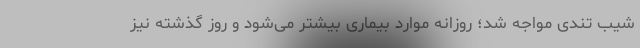
شیب تندی مواجه شد؛ روزانه موارد بیماری بیشتر می‌شود و روز گذشته نیز